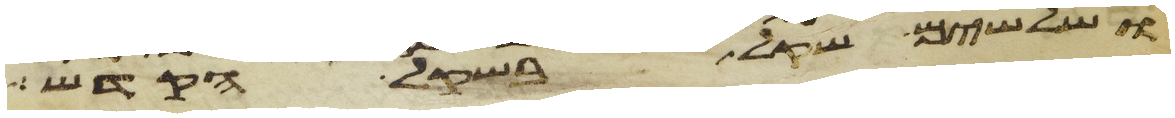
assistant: ושלשים שקל בשקל הקדש